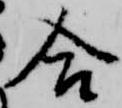
合